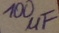
Text: 100µF